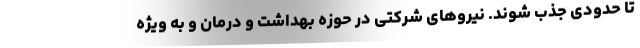
تا حدودی جذب شوند. نیروهای شرکتی در حوزه بهداشت و درمان و به ویژه